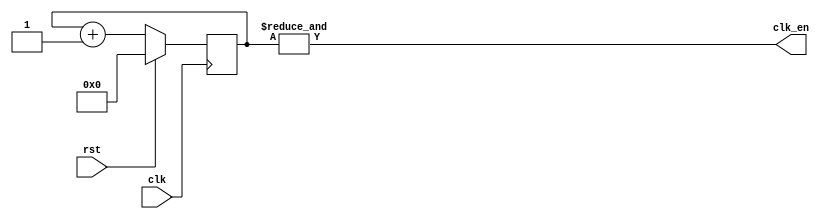
module clk_div( input clk, 
				input rst, 
				output clk_en);

	reg [24:0] clk_count;

	always @ (posedge clk)
	//posedge defines a rising edge (transition from 0 to 1)
		begin
			if (rst)
				clk_count <= 0;
			else
				clk_count <= clk_count + 1;
		end
	assign clk_en = &clk_count;
endmodule